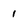
Character: 1